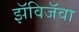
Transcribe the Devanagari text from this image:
झॅविजॅवा